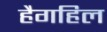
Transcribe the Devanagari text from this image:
हैगहिल